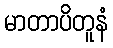
မာတာပိတူနံ